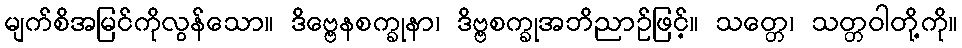
မျက်စိအမြင်ကိုလွန်သော။ ဒိဗ္ဗေနစက္ခုနာ၊ ဒိဗ္ဗစက္ခုအဘိညာဉ်ဖြင့်။ သတ္တေ၊ သတ္တဝါတို့ကို။